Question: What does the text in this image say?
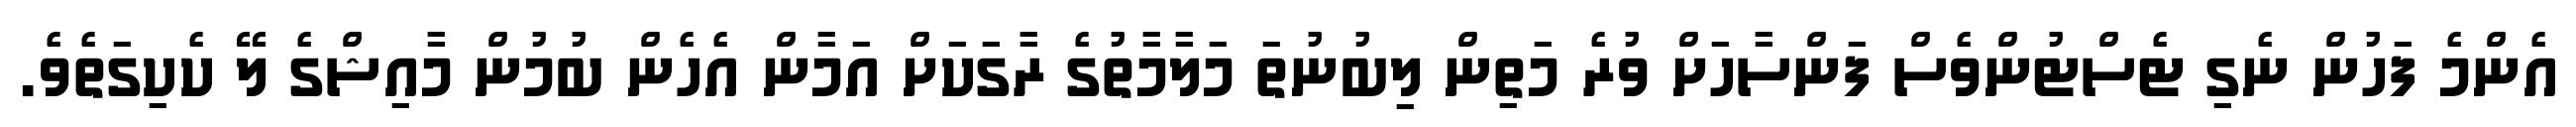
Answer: އެންމެ ފަހުން ނެގި ޓެސްޓުންވެސް ފަންސާހަށް ވުރެ މަތިން ލިބުނުތަ މަލާމާތުގެ ރާގަކަށް އަމާން އެހެން ބުމުން މާއިޝްގެ ލޭ ކެކިގަތެވެ.